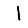
Digit: 1